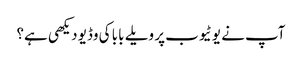
آپ نے یوٹیوب پر ویلے بابا کی وڈیو دیکھی ہے؟